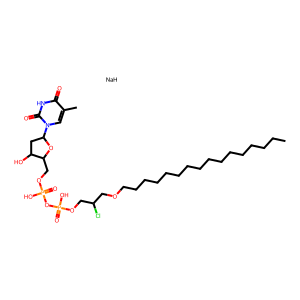
SMILES: CCCCCCCCCCCCCCCCOCC(Cl)COP(=O)(O)OP(=O)(O)OCC1OC(n2cc(C)c(=O)[nH]c2=O)CC1O.[NaH]
Inhibits HIV replication: No